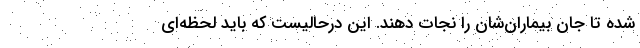
شده تا جان بیماران‌شان را نجات دهند. این درحالیست که باید لحظه‌ای